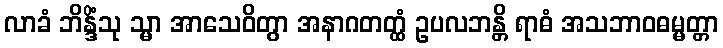
လာခံ ဘိန္ဒိံသု သ္မာ အာသေဝိတွာ အနာဂတတ္ထံ ဥပလဘန္တိ ရာဓံ အသဘာဝဓမ္မတ္တာ